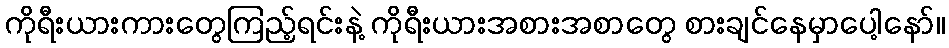
ကိုရီးယားကားတွေကြည့်ရင်းနဲ့ ကိုရီးယားအစားအစာတွေ စားချင်နေမှာပေါ့နော်။